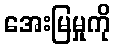
အေးမြမှုကို